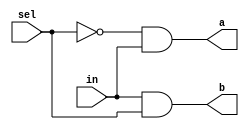
/* mdulo DMux */

`ifndef _DMux_
`define _DMux_

module DMux(a, b, in, sel);
    input in, sel ;
    output a, b ;
    wire w1;

    // Descrio de conexes internas do mdulo

    and and0(b, in, sel);
    not not0(w1, sel);
    and and1(a, w1, in);

endmodule

`endif